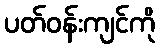
ပတ်ဝန်းကျင်ကို